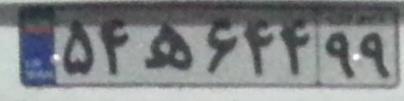
۵۴ه۶۴۴۹۹